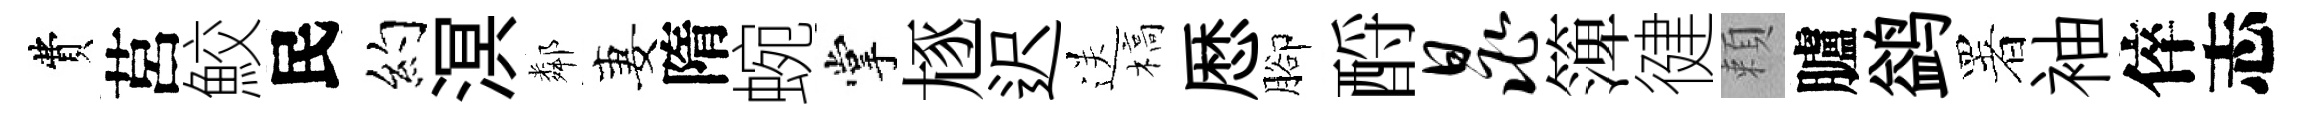
費莒鮫民约溟鄰妻隋蜿掌豗迟送槁厯腳酹晁𥱼徤頼臚鹢署袖倅志